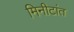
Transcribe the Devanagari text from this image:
मिनीटांत